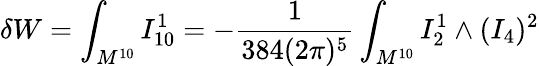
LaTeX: \delta W=\int_{M^{10}}I_{10}^{1}=-\frac{1}{384(2\pi)^{5}}\int_{M^{10}}I_{2}^{1}\wedge(I_{4})^{2}